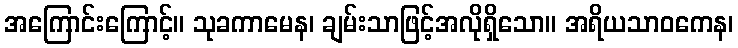
အကြောင်းကြောင့်။ သုခကာမေန၊ ချမ်းသာဖြင့်အလိုရှိသော။ အရိယသာဝကေန၊